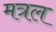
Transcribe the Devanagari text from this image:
मत्रल